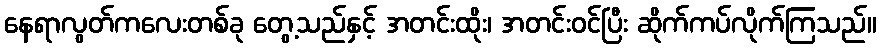
နေရာလွတ်ကလေးတစ်ခု တွေ့သည်နှင့် အတင်းထိုး၊ အတင်းဝင်ပြီး ဆိုက်ကပ်လိုက်ကြသည်။